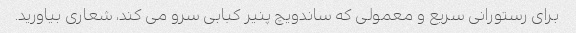
برای رستورانی سریع و معمولی که ساندویچ پنیر کبابی سرو می کند، شعاری بیاورید.